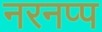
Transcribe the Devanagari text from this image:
नरनप्प